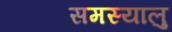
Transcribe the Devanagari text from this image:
समस्यालु